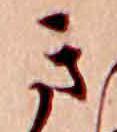
き